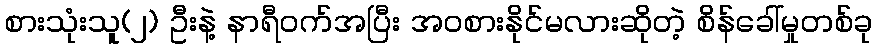
စားသုံးသူ(၂) ဦးနဲ့ နာရီဝက်အပြီး အဝစားနိုင်မလားဆိုတဲ့ စိန်ခေါ်မှုတစ်ခု